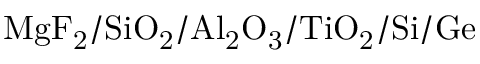
\mathrm { M g F _ { 2 } / S i O _ { 2 } / A l _ { 2 } O _ { 3 } / T i O _ { 2 } / S i / G e }